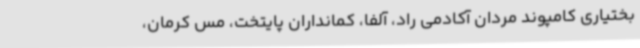
بختیاری کامپوند مردان آکادمی راد، آلفا، کمانداران پایتخت، مس کرمان،